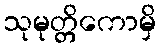
သုမုတ္တိကောမှိ